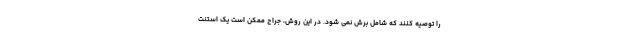
را توصیه کنند که شامل برش نمی شود. در این روش، جراح ممکن است یک استنت